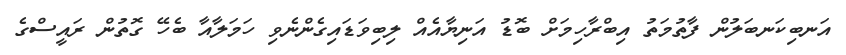
އަނބިކަނބަލުން ފާތުމަތު އިބްރާހިމަށް ބޮޑު އަނިޔާއެއް ލިބިވަޑައިގެންނެވި ހަމަލާއާ ބެހޭ ގޮތުން ރައީސްގެ